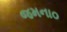
જમના૦